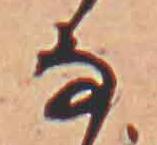
な